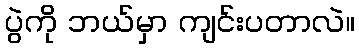
ပွဲကို ဘယ်မှာ ကျင်းပတာလဲ။